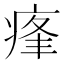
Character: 𤶞